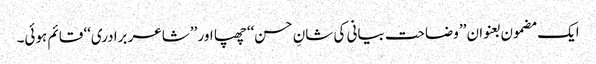
ایک مضمون بعنوان ’’وضاحت بیانی کی شانِ حسن‘‘ چھپا اور ’’شاعر برادری‘‘ قائم ہوئی۔